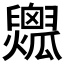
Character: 𤬟